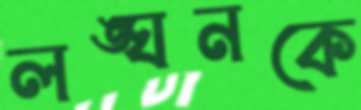
লঙ্ঘনকে